Report on sanitation, dispensaries, and jails in Rajputana for 1915, and on vaccination for the year 1915-1916 - 1915-1916
Year: 1915
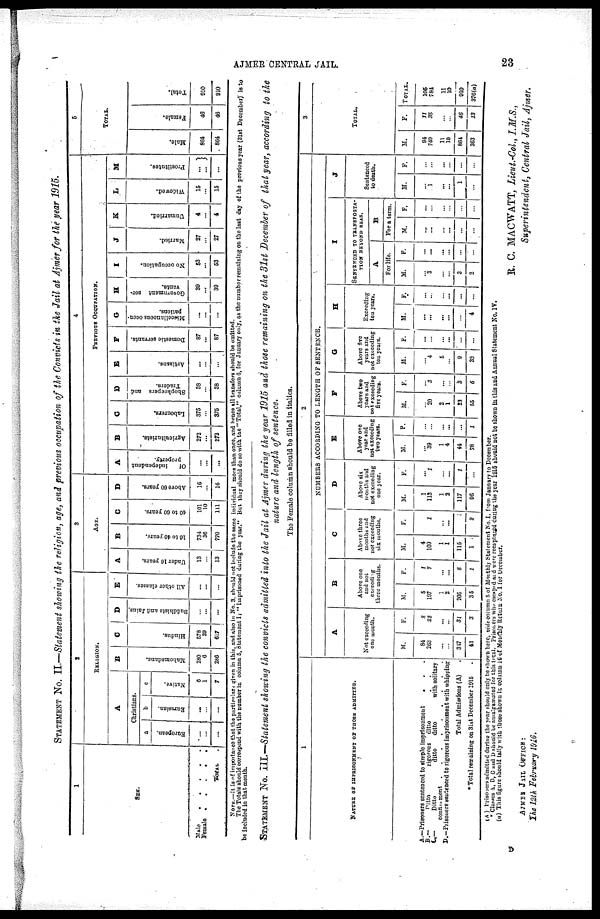
AJMER CENTRAL JAIL.
23
STATEMENT NO. II.—Statement showing the religion, age, and previous occupation of the Convicts in the Jail at Ajmer for the year 1915.
1
SEX.
Male
.
.
.
.
.
Female
.
.
.
.
.
TOTAL .
2
RELIGION.
A
Christians.
a
European.
...
...
...
b
Eurasian.
...
...
...
c
Native.
6
1
7
B
Mahomedans.
280
6
286
C
Hindus.
578
39
617
D
Buddhists and Jains.
...
...
...
E
All other classes.
...
...
...
3
AGE.
A
Under 10 years.
13
...
13
B
10 to 40 years.
734
36
770
C
40 to 60 years.
101
10
111
D
Above 60 years.
16
...
16
4
PREVIOUS OCCUPATION.
A
Of
independent
property.
...
...
...
B
Agriculturists.
272
...
272
C
Labourers.
375
...
375
D
Shopkeepers and
Traders.
38
...
38
E
Artisans.
...
...
F
Domestic servants.
87
...
87
G
Miscellaneous occu¬
pations.
...
...
H
Government ser¬
vants.
39
...
39
I
No occupation.
53
...
53
J
Married.
27
...
27
K
Unmarried.
4
...
4
L
Widowed.
15
...
16
M
Prostitutes.
...
...
...
6
TOTAL
Male.
864
864
Female.
46
46
Total.
910
910
NOTE.—It is of importance that the particulars given in this, and also in No. 3. should not include the same individual more than once, and hence all tranafers should be omitted.
The Totals should correspond with the number in column 5, statement I: "Imprisoned during the year." But they should do so with the " Total," column 6, for January only, as the number remaining on the last day of the previous year (31st December) is to
be included in that month.
STATEMENT NO. III.—Statement showing the convicts admitted into the Jail at Ajmer during the year 1915 and those remaining on the 31st December of that year, according to the
nature and length of sentence.
The Female column should be filled in italics.
1
NATURE OF IMPRISONMENT OF THOSE ADMITTED.
A.—Prisoners sentenced to simple imprisonment
. . .
B.—
Ditto
rigorous ditto
C.— Ditto ditto ditto with solitary
confinment . . .
D.—Prisoners sentenced to rigorous imprisonment with whipping
Total Admissions (A) .
* Total remaining on 31st December 1915 .
2
NUMBERS ACCORDING TO LENGTH OF SENTENCE.
A
Not exceeding
one month.
M.
84
263
...
...
347
43
F.
8
23
...
...
31
3
B
Above one
and not
exceeding
three months.
M.
5
107
1
2
205
35
F.
1
7
...
...
8
1
c
Above three
months and
not exceeding
six months.
M.
4
109
1
1
115
1
F.
...
1
...
...
1
2
D
Above six
months and
not exceeding
one year.
M.
1
113
1
2
117
96
F.
...
1
...
...
1
...
E
Above one
year and
not exceeding
two years.
M.
...
39
1
4
44
78
F.
...
...
...
...
...
...
F
Above two
years and
not exceeding
five years.
M.
...
20
2
1
23
55
F.
...
3
...
...
3
6
G
Above five
years and
not exceeding
ten years.
M.
...
4
5
...
9
32
F.
...
...
...
...
...
...
H
Exceeding
ten years.
M.
...
...
...
...
...
4
F.
...
...
...
...
...
...
I
SENTENCED TO TRANSPORTA¬
TION BEYOND SEAS.
A
For life.
M.
...
3
...
...
3
2
F.
...
...
...
...
...
...
B
For a term.
M.
...
...
...
...
...
...
F.
...
...
...
...
...
...
J
Sentenced
to death.
M.
...
1
...
...
1
...
F.
...
...
...
...
...
...
3
TOTAL.
M.
94
749
11
10
864
363
F.
11
35
...
...
46
13
TOTAL
105
784
11
10
910
376(a)
(A) Prisoners admitted during the year should only be shown here, vide column 5 of Monthly Statement No. I. from January to December.
* Classes A, B, C and D should be amalgamated for this total. Prisoners who escaped and were recaptured during the year 1915 should not be shown in this and Annual Statement No. IV.
(a) This figure should tally with those shown in column 16 of Monthly Return No. I for December.
R. C. MACWATT, Lieut.-Col, I.M.S.,
Superintendent, Central Jail, Ajmer.
AJMER JAIL OFFICE:
The 12th February 1916.
D